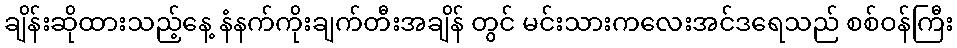
ချိန်းဆိုထားသည့်နေ့ နံနက်ကိုးချက်တီးအချိန် တွင် မင်းသားကလေးအင်ဒရေသည် စစ်ဝန်ကြီး